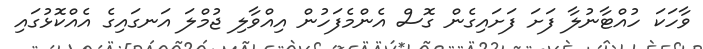
ވާހަކަ ހުއްޓާނުލާ ފަށަ ފަށައިގެން ގޮސް އެންމެފަހުން އިއްވާލި ޖުމްލަ އަނގައިގެ އެއްކޮޅުގައި